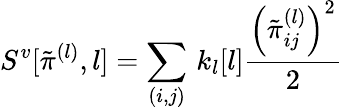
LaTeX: S^{v}[\tilde{\pi}^{(l)},l]=\sum_{(i,j)}\, k_{l}[l]\frac{\left(\tilde{\pi}_{ij}^{(l)}\right)^{2}}{2}